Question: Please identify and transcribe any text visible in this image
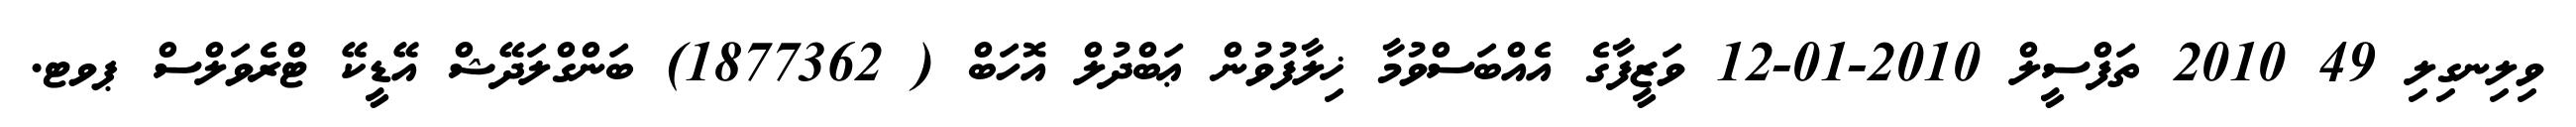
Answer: ވިލިނގިލި 49 2010 ތަފްސީލް 2010-01-12 ވަޒީފާގެ އެއްބަސްވުމާ ޚިލާފުވުން ޢަބްދުލް އޮހަބް ( 1877362) ބަންގްލަދޭޝް އޭޑީކޭ ޓްރެވަލްސް ޕވޓ.